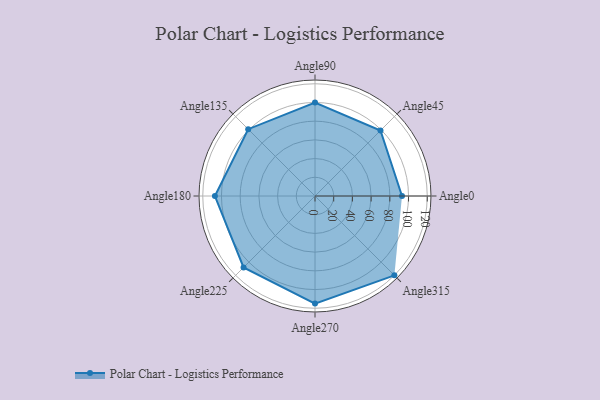
{"axis": {"x": "Angle", "y": "Radius"}, "legend": [""], "data": [{"x": "Angle0", "y": 93.0, "type": ""}, {"x": "Angle45", "y": 99.0, "type": ""}, {"x": "Angle90", "y": 100.0, "type": ""}, {"x": "Angle135", "y": 101.0, "type": ""}, {"x": "Angle180", "y": 107.0, "type": ""}, {"x": "Angle225", "y": 108.0, "type": ""}, {"x": "Angle270", "y": 115.0, "type": ""}, {"x": "Angle315", "y": 120.0, "type": ""}]}